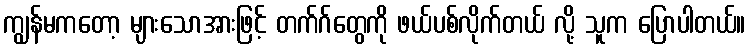
ကျွန်မကတော့ များသောအားဖြင့် တက်ဂ်တွေကို ဖယ်ပစ်လိုက်တယ် လို့ သူက ပြောပါတယ်။